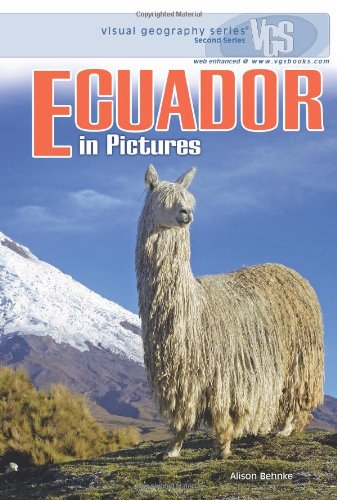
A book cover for Ecuador in Pictures (Visual Geography. Second Series); Alison Behnke; Children's Books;